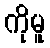
ကိုမူ